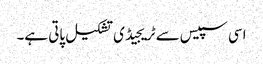
اسی سپیس سے ٹریجیڈی تشکیل پاتی ہے۔